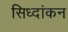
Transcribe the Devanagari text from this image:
सिध्दांकन